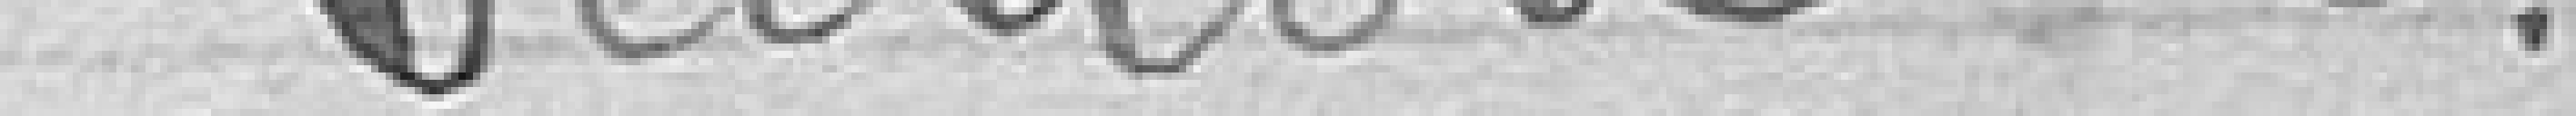
Section 2